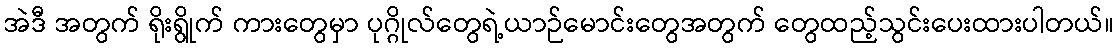
အဲဒီ အတွက် ရိုးရွိုက် ကားတွေမှာ ပုဂ္ဂိုလ်တွေရဲ့ယာဉ်မောင်းတွေအတွက် တွေထည့်သွင်းပေးထားပါတယ်။